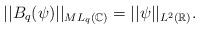
LaTeX: \begin{align*}||B_q(\psi)||_{ML_q(\mathbb{C})}=||\psi||_{L^2(\mathbb{R})}.\end{align*}